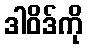
ဒါဝိဒ်ကို